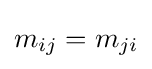
m_{ij}=m_{ji}